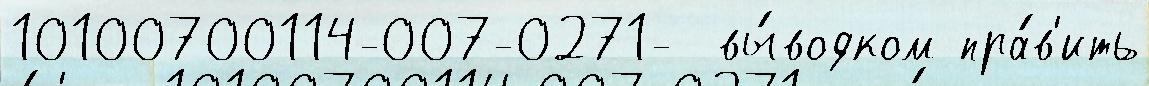
10100700114-007-0271-  вы́водком пра́в'ить